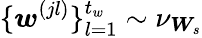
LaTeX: \{ \boldsymbol{w}^{(jl)}\} _{l=1}^{t_{w}}\sim\nu_{\boldsymbol{W}_{s}}